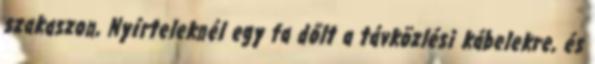
szakaszon, Nyírteleknél egy fa dőlt a távközlési kábelekre, és